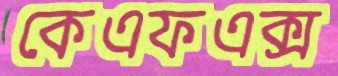
কেএফএক্স